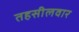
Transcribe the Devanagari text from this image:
तहसीलवार